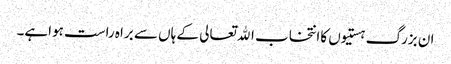
ان بزرگ ہستیوں کاانتخاب اﷲتعالی کے ہاں سے براہ راست ہواہے۔